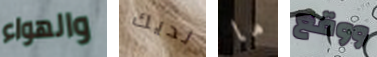
والهواء لديك ما ووقع